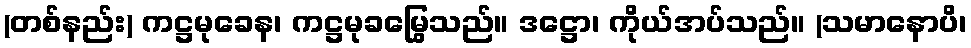
(တစ်နည်း) ကဋ္ဌမုခေန၊ ကဋ္ဌမုခမြွေသည်။ ဒဋ္ဌော၊ ကိုယ်အပ်သည်။ (သမာနောပိ၊